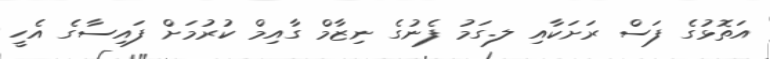
އަތޮޅުގެ ފަސް ރަށަކާއި ލ.ގަމު ފެނުގެ ނިޒާމް ގާއިމް ކުރުމަށް ފައިސާގެ އެހީ